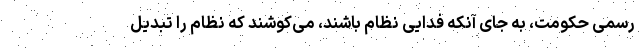
رسمی حکومت، به جای آنکه فدایی نظام باشند، می‌کوشند که نظام را تبدیل